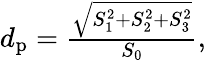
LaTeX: \begin{array}{r}{d_{\mathrm{p}}=\frac{\sqrt{S_{1}^{2}+S_{2}^{2}+S_{3}^{2}}}{S_{0}},}\end{array}